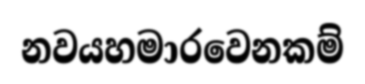
නවයහමාරවෙනකම්